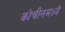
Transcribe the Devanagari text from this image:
कोचीनमध्ये